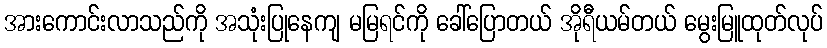
အားကောင်းလာသည်ကို အသုံးပြုနေကျ မမြရင်ကို ခေါ်ပြောတယ် အိုရီယမ်တယ် မွေးမြူထုတ်လုပ်